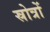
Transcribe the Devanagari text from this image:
स्रोत्रों